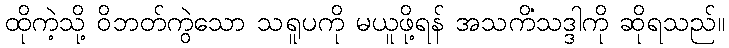
ထိုကဲ့သို့ ဝိဘတ်ကွဲသော သရူပကို မယူဖို့ရန် အသကိံသဒ္ဒါကို ဆိုရသည်။